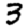
Digit: 3